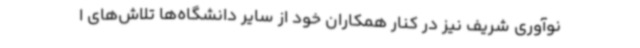
نوآوری شریف نیز در کنار همکاران خود از سایر دانشگاه‌ها تلاش‌های ا